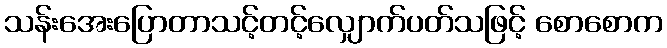
သန်းအေးပြောတာသင့်တင့်လျှောက်ပတ်သဖြင့် စောစောက